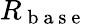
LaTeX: R_{\mathrm{~b~a~s~e~}}